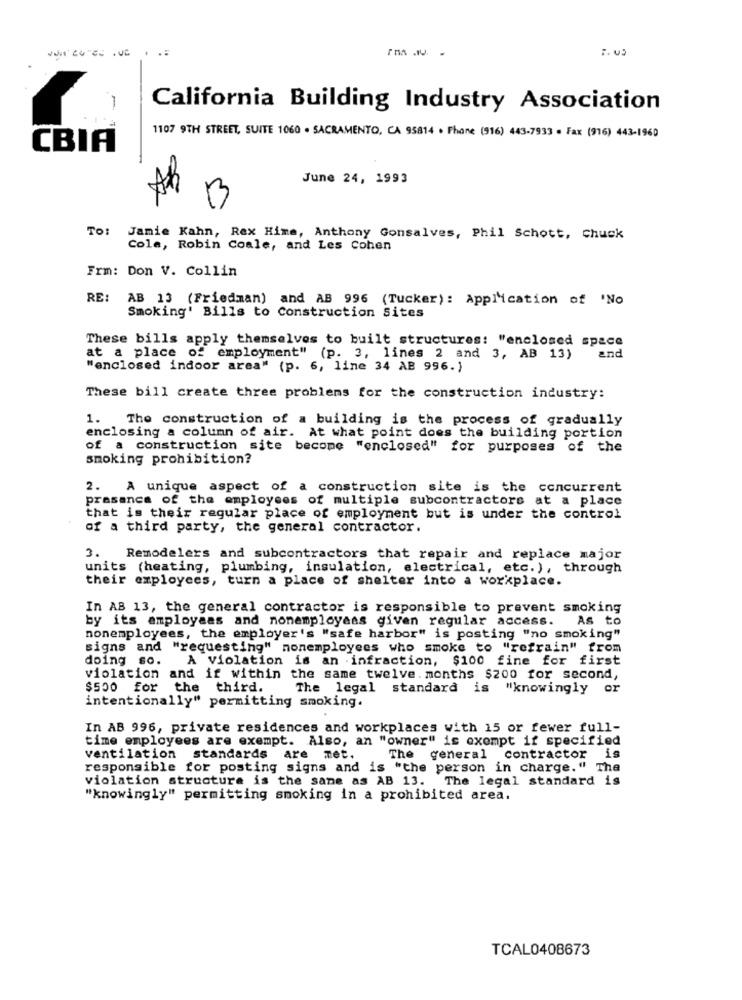
1
California Building Industry Association
1107 9TH STREET, SUITE 1060 . SACRAMENTO, CA 95814 . Phone (916) 443-7933 - Fax (916) 443-1960
CBIA
June 24, 1993
TO:
Jamie Kahn, Rex Hime, Anthony Gonsalves, Phil Schott, Chuck
Cole, Robin Coale, and Les Cohen
Frm: Don V. Collin
RE:
AB 13 (Friedman) and AB 996 (Tucker): Application of 'No
Smoking' Bills to Construction Sites
These bills apply themselves to built structures: "enclosed space
at a place of employment" (p. 3, lines 2 and 3, AB 13)
and
"enclosed indoor area" (p. 6, line 34 AB 996.)
These bill create three problems for the construction industry:
1.
The construction of a building is the process of gradually
enclosing a column of air. At what point does the building portion
of a construction site become "enclosed" for purposes of the
smoking prohibition?
2. A unique aspect of a construction site is the concurrent
prasance of the employees of multiple subcontractors at a place
that is their regular place of employment but is under the control
of a third party, the general contractor.
3.
Remodelers and subcontractors that repair and replace major
units (heating, plumbing, insulation, electrical, etc. ), through
their employees, turn a place of shelter into a workplace.
In AB 13, the general contractor is responsible to prevent smoking
by its employees and nonemployaas given regular access.
As to
nonemployees, the employer's "safe harbor" is posting "no smoking"
signs and "requesting" nonemployees who smoke to "refrain" from
doing so.
A Violation is an infraction, $100 fine for first
violation and if within the same twelve. months $200 for second,
$500 for the third.
The legal standard is "knowingly or
intentionally" permitting smoking.
In AB 996, private residences and workplaces with 15 or fewer full-
time employees are exempt. Also, an "owner" is exempt if specified
ventilation
standards are met.
The general contractor is
responsible for posting signs and is "the person in charge." The
violation structure is the same as AB 13. The legal standard is
"knowingly" permitting smoking in a prohibited area.
TCAL0408673